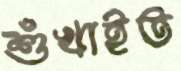
শুঁখাইত